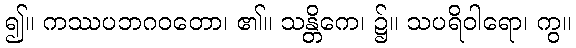
၍။ ကဿပဘဂဝတော၊ ၏။ သန္တိကေ၊ ၌။ သပရိဝါရော၊ ကွ။